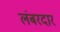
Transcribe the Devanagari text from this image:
लंबरदार